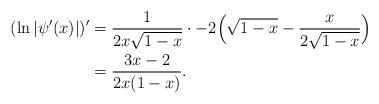
LaTeX: \begin{align*}(\ln \vert \psi'(x)\vert)'&= \frac{1}{2x\sqrt{1-x}}\cdot -2\Big(\sqrt{1-x}-\frac{x}{2\sqrt{1-x}}\Big)\\&=\frac{3x-2}{2x(1-x)}.\end{align*}